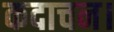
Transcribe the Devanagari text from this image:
कदाचन।